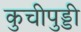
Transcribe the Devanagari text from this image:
कुचीपुड्डी